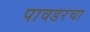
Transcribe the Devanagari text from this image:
पावडरचा